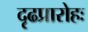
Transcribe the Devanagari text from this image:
दृढप्रारोहः